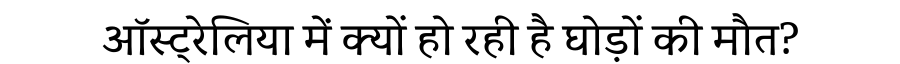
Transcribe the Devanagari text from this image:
ऑस्ट्रेलिया में क्यों हो रही है घोड़ों की मौत?